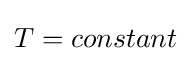
T=constant